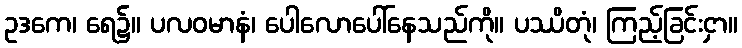
ဥဒကေ၊ ရေ၌။ ပလဝမာနံ၊ ပေါလောပေါ်နေသည်ကို။ ပဿိတုံ၊ ကြည့်ခြင်းငှာ။